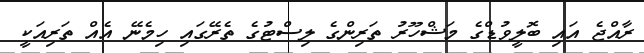
ރާއްޖެ އައި ބޮލީވުޑްގެ މަޝްހޫރު ތަރިންގެ ލިސްޓުގެ ތެރޭގައި ހިމެނޭ އެއް ތަރިއަކީ